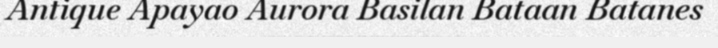
Antique Apayao Aurora Basilan Bataan Batanes